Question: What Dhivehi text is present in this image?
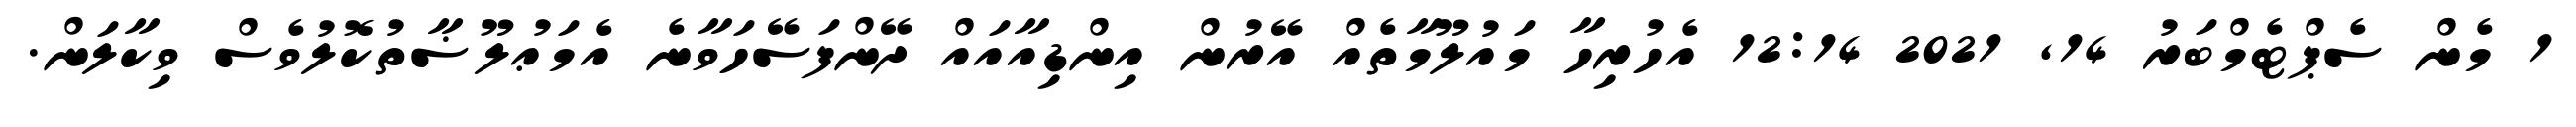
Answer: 1 މެން ސެޕްޓެމްބަރު 14, 2021 12:14 އެހުރިހާ މައުލޫމާތެއް އޭރުން އިންޑިއާއައް ދޭންފަސޭހަވާނެ އެމަޢުލޫޟާތުކޮލުވެސް ވިކާލަން.